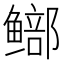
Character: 𫚨